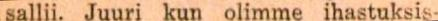
sallii. Juuri kun olimme ihastuksis-